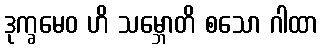
ဒုက္ခမေဝ ဟိ သမ္ဘောတိ စသော ဂါထာ